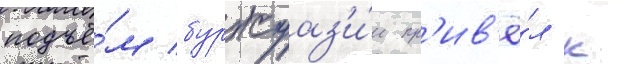
подъё́м буржуаз'и́и пр'ив'ё́л к